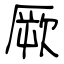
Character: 厥